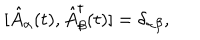
[ \hat { A } _ { \alpha } ( t ) , \hat { A } _ { \beta } ^ { \dagger } ( t ) ] = \delta _ { \alpha \beta } ,